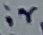
Text: ir